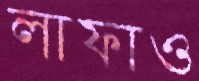
লাফাও